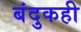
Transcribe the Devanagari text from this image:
बंदुकही